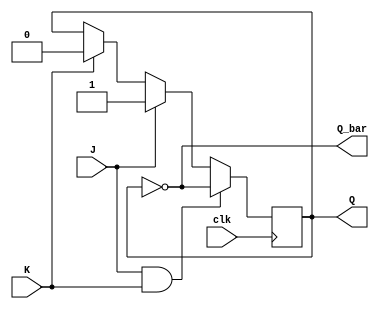
module jk_ff (
  input wire J, K, clk,
  output reg Q, Q_bar
);

reg Q_next;

always @(posedge clk)
begin
  if (J & K) begin
    Q_next <= ~Q;
  end else if (J) begin
    Q_next <= 1'b1;
  end else if (K) begin
    Q_next <= 1'b0;
  end else begin
    Q_next <= Q;
  end
end

always @(*)
begin
  Q <= Q_next;
  Q_bar <= ~Q_next;
end

endmodule